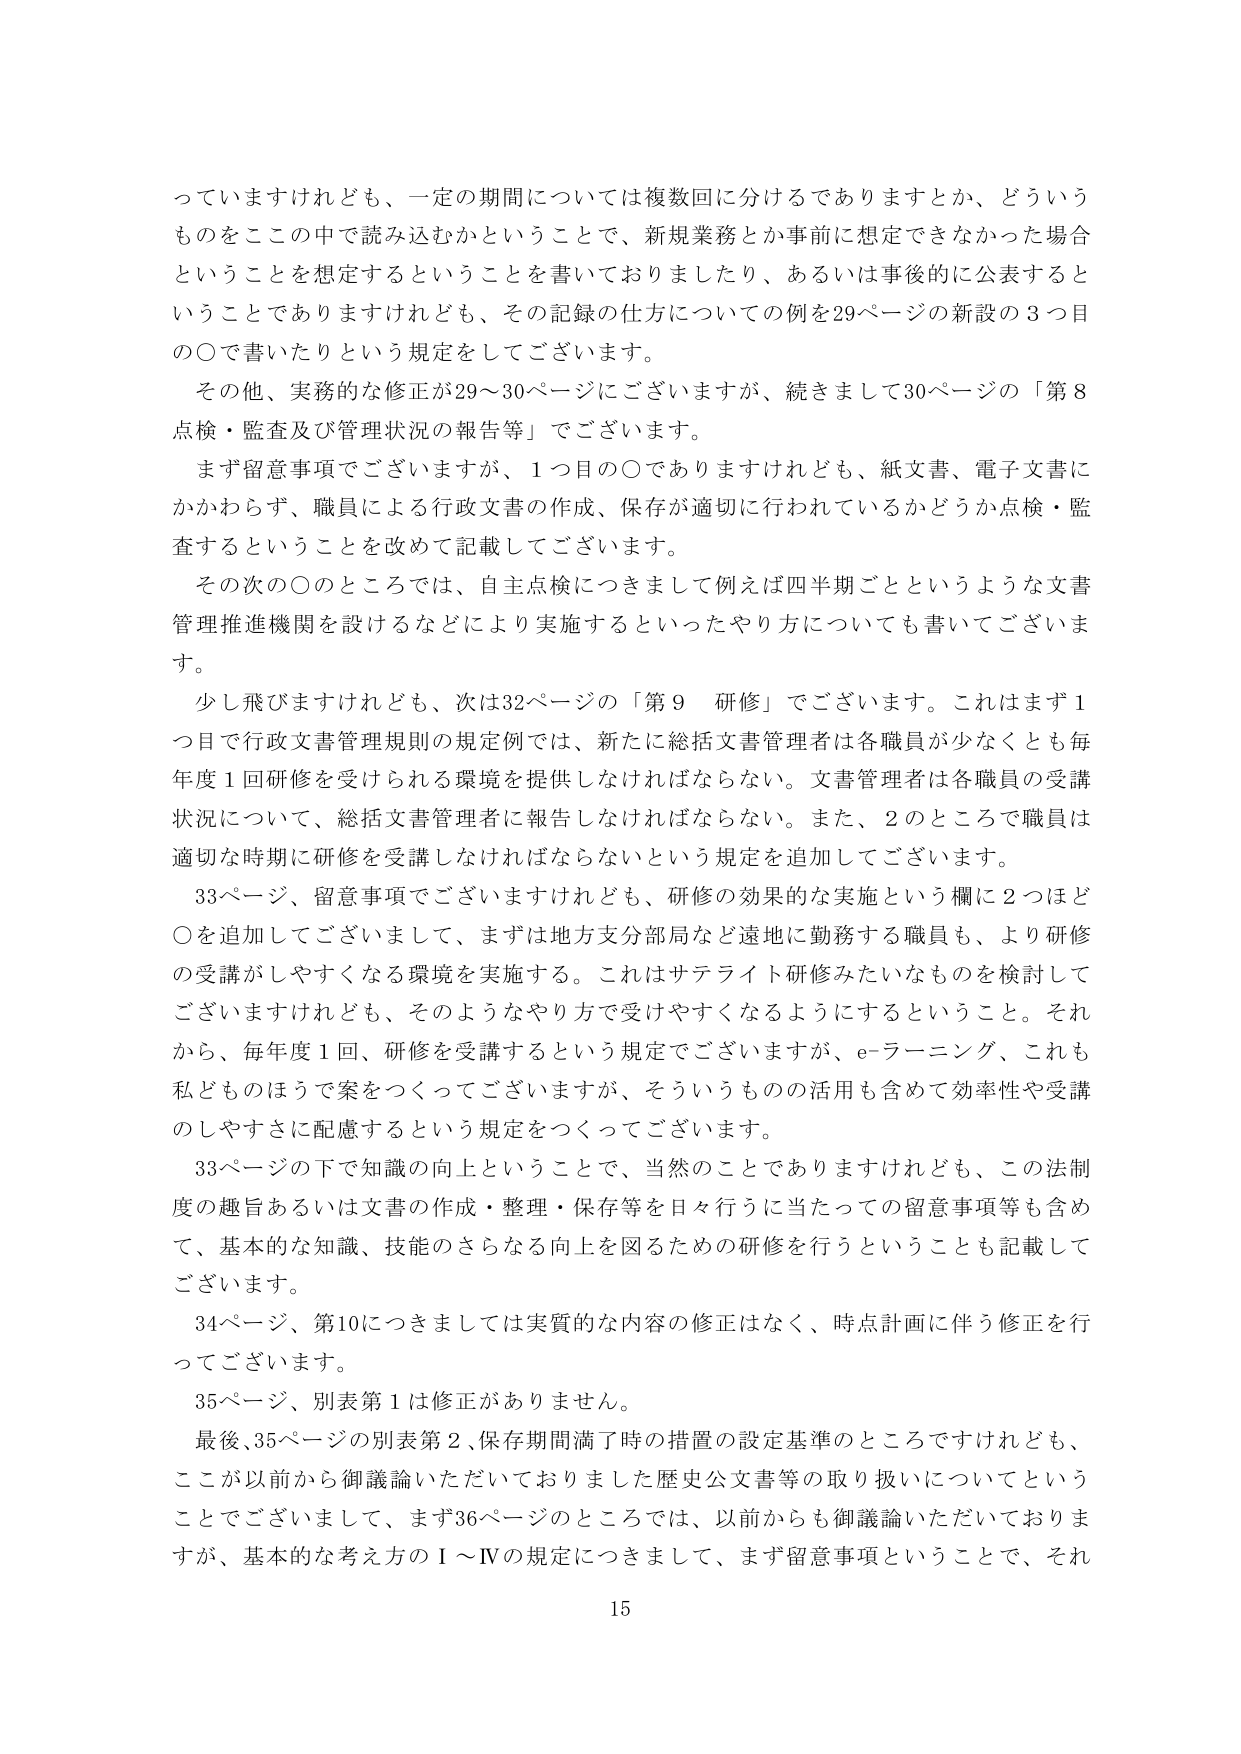
っていますけれども、一定の期間については複数回に分けるでありますとか、どういうものをここの中で読み込むかということで、新規業務とか事前に想定できなかった場合ということを想定するということを書いておりましたり、あるいは事後的に公表するということでもありますけれども、その記録の仕方についての例を29ページの新設の3つ目の〇で書いたりという規定をしてございます。

その他、実務的な修正が29～30ページにございますが、続きまして30ページの「第8点検・監査及び管理状況の報告等」でございます。

まず留意事項でございますが、1つ目の〇でありますけれども、紙文書、電子文書にかかわらず、職員による行政文書の作成、保存が適切に行われているかどうか点検・監査するということを改めて記載してございます。

その次の〇のところでは、自主点検につきまして例えば四半期ごとというような文書管理推進機関を設けるなどにより実施するといったやり方についても書いてございます。

少し飛びますけれども、次は32ページの「第9 研修」でございます。これはまず1つ目で行政文書管理規則の規定例では、新たに総括文書管理者は各職員が少なくとも毎年度1回研修を受けられる環境を提供しなければならない。文書管理者は各職員の受講状況について、総括文書管理者に報告しなければならない。また、2のところで職員は適切な時期に研修を受講しなければならないという規定を追加してございます。

33ページ、留意事項でございますけれども、研修の効果的な実施という欄に2つほど〇を追加してございまして、まずは地方支分部局など遠地に勤務する職員も、より研修の受講がしやすくなる環境を実施する。これはサテライト研修みたいなものを検討してございますけれども、そのようなやり方で受けやすくなるようにするということ。それから、毎年度1回、研修を受講するという規定でございますが、e-ラーニング、これも私どものほうで案をつくってございますが、そういうものの活用も含めて効率性や受講のしやすさに配慮するという規定をつくってございます。

33ページの下で知識の向上ということで、当然のことではありますけれども、この法制度の趣旨あるいは文書の作成・整理・保存等を日々行うに当たっての留意事項等も含めて、基本的な知識、技能のさらなる向上を図るための研修を行うということも記載してございます。

34ページ、第10につきましては実質的な内容の修正はなく、時点計画に伴う修正を行っております。

35ページ、別表第1は修正がありません。

最後、35ページの別表第2、保存期間満了時の措置の設定基準のところですけれども、ここが以前から御議論いただいておりました歴史公文書等の取り扱いについてということでございまして、まず36ページのところでは、以前からも御議論いただいておりますが、基本的な考え方のⅠ～Ⅳの規定につきまして、まず留意事項ということで、それ

15